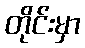
တိုင်းမှာ